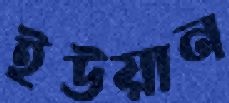
ইউয়ান